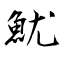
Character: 魷